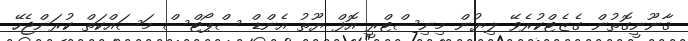
ޤާނޫނީގޮތުން ގެޒެޓްކުރެވޭ ލިޔުން މިނިސްޓްރީ އޮފް ޔޫތު އެންޑް ސްޕޯޓްސް މަސައްކަތް ކުރަންޖެހޭ